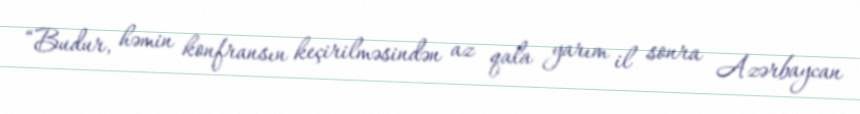
“Budur, həmin konfransın keçirilməsindən az qala yarım il sonra Azərbaycan